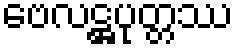
ဗေလဋ္ဌပုတ္တဿ